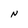
Character: N